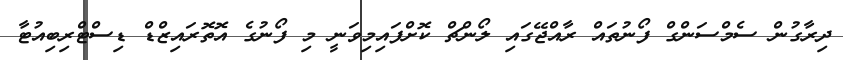
ދިރާގުން ސެމްސަންގް ފޯނުތައް ރާއްޖޭގައި ލޯންޗް ކޮށްފައިމިވަނީ މި ފޯނުގެ އޮތޮރައިޒްޑް ޑިސްޓްރިބިއުޓާ